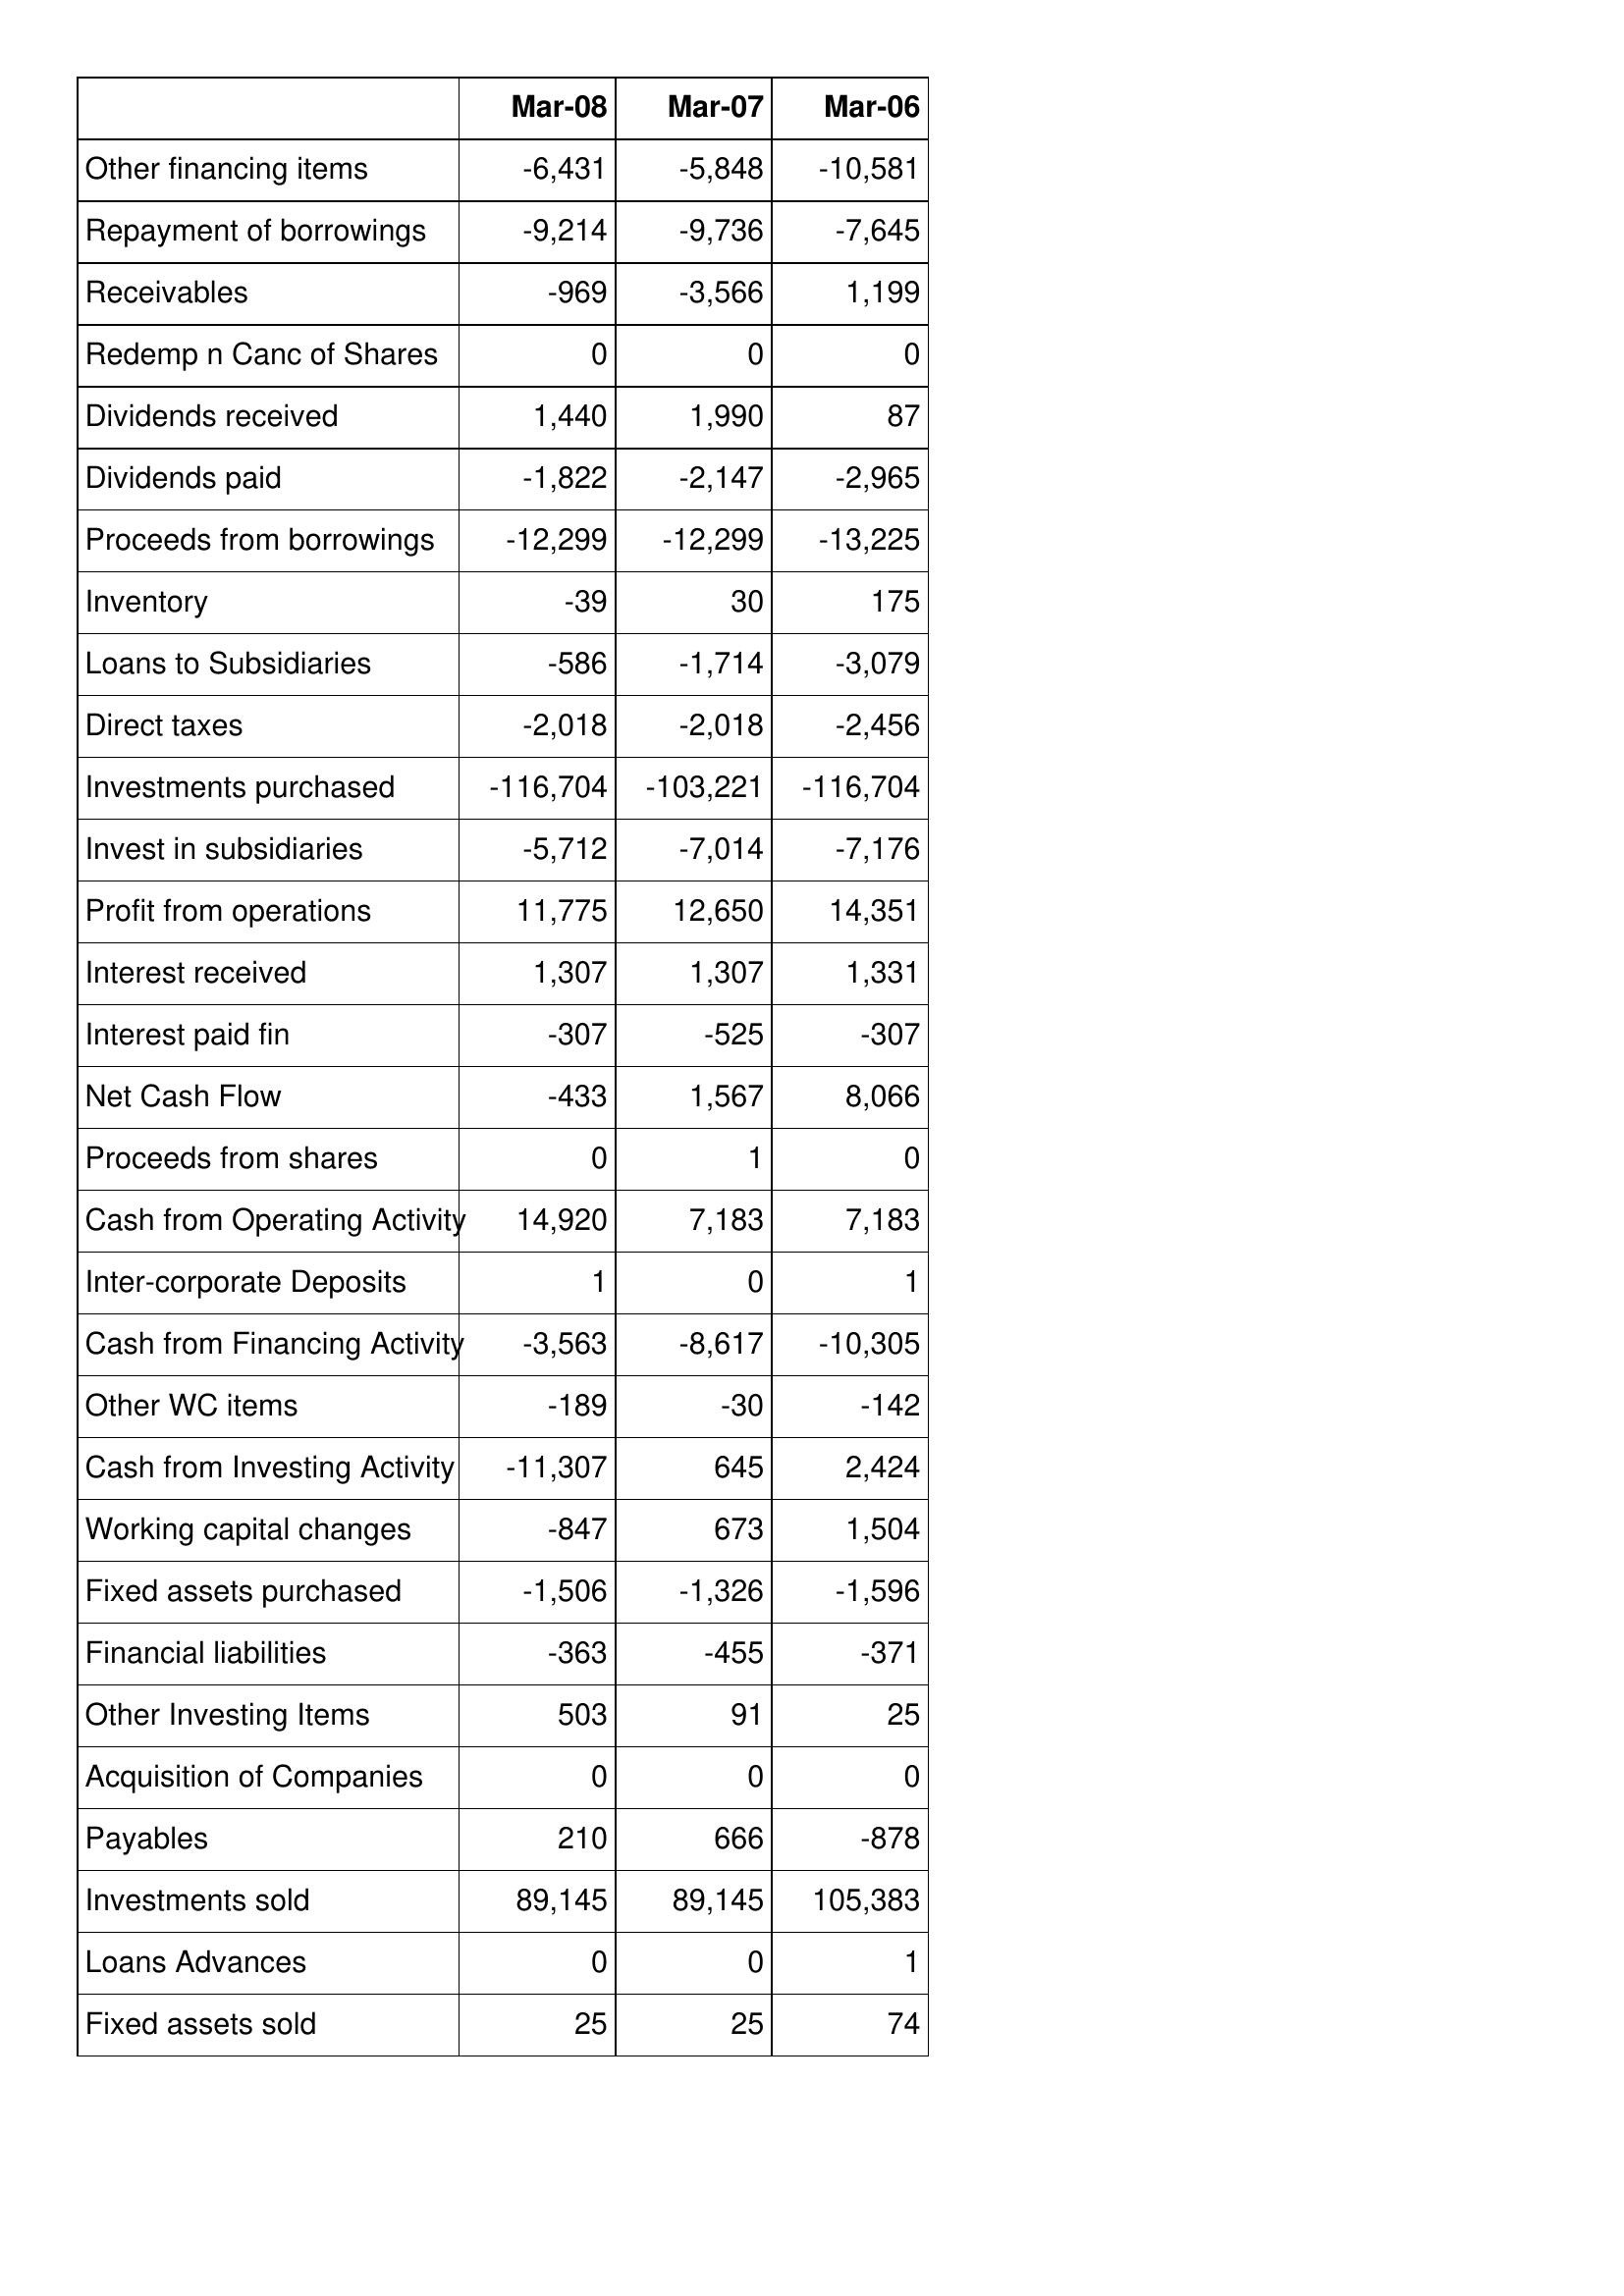
Mar-08: Cash Flows: Other financing items: -6,431
Repayment of borrowings: -9,214
Receivables: -969
Redemp n Canc of Shares: 0
Dividends received: 1,440
Dividends paid: -1,822
Proceeds from borrowings: -12,299
Inventory: -39
Loans to Subsidiaries: -586
Direct taxes: -2,018
Investments purchased: -116,704
Invest in subsidiaries: -5,712
Profit from operations: 11,775
Interest received: 1,307
Interest paid fin: -307
Net Cash Flow: -433
Proceeds from shares: 0
Cash from Operating Activity: 14,920
Inter-corporate Deposits: 1
Cash from Financing Activity: -3,563
Other WC items: -189
Cash from Investing Activity: -11,307
Working capital changes: -847
Fixed assets purchased: -1,506
Financial liabilities: -363
Other Investing Items: 503
Acquisition of Companies: 0
Payables: 210
Investments sold: 89,145
Loans Advances: 0
Fixed assets sold: 25
Mar-07: Cash Flows: Other financing items: -5,848
Repayment of borrowings: -9,736
Receivables: -3,566
Redemp n Canc of Shares: 0
Dividends received: 1,990
Dividends paid: -2,147
Proceeds from borrowings: -12,299
Inventory: 30
Loans to Subsidiaries: -1,714
Direct taxes: -2,018
Investments purchased: -103,221
Invest in subsidiaries: -7,014
Profit from operations: 12,650
Interest received: 1,307
Interest paid fin: -525
Net Cash Flow: 1,567
Proceeds from shares: 1
Cash from Operating Activity: 7,183
Inter-corporate Deposits: 0
Cash from Financing Activity: -8,617
Other WC items: -30
Cash from Investing Activity: 645
Working capital changes: 673
Fixed assets purchased: -1,326
Financial liabilities: -455
Other Investing Items: 91
Acquisition of Companies: 0
Payables: 666
Investments sold: 89,145
Loans Advances: 0
Fixed assets sold: 25
Mar-06: Cash Flows: Other financing items: -10,581
Repayment of borrowings: -7,645
Receivables: 1,199
Redemp n Canc of Shares: 0
Dividends received: 87
Dividends paid: -2,965
Proceeds from borrowings: -13,225
Inventory: 175
Loans to Subsidiaries: -3,079
Direct taxes: -2,456
Investments purchased: -116,704
Invest in subsidiaries: -7,176
Profit from operations: 14,351
Interest received: 1,331
Interest paid fin: -307
Net Cash Flow: 8,066
Proceeds from shares: 0
Cash from Operating Activity: 7,183
Inter-corporate Deposits: 1
Cash from Financing Activity: -10,305
Other WC items: -142
Cash from Investing Activity: 2,424
Working capital changes: 1,504
Fixed assets purchased: -1,596
Financial liabilities: -371
Other Investing Items: 25
Acquisition of Companies: 0
Payables: -878
Investments sold: 105,383
Loans Advances: 1
Fixed assets sold: 74